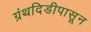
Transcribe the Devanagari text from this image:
ग्रंथदिडीपासून